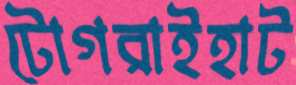
টোগরাইহাট